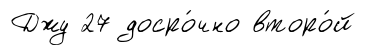
Джу 27 досро́чно второ́й